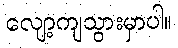
လျော့ကျသွားမှာပါ။